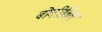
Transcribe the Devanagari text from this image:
बोगीतिल